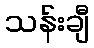
သန်းချီ